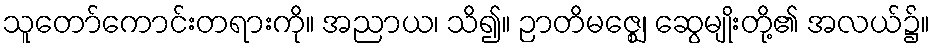
သူတော်ကောင်းတရားကို။ အညာယ၊ သိ၍။ ဉာတိမဇ္ဈေ၊ ဆွေမျိုးတို့၏ အလယ်၌။